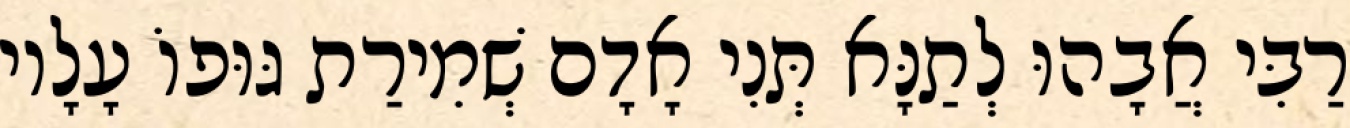
רַבִּי אֲבָהוּ לְתַנָּא תְּנִי אָדָם שְׁמִירַת גּוּפוֹ עָלָיו